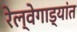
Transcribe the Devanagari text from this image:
रेल्वेगाड्यांत